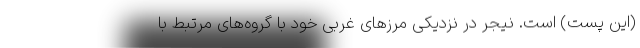
(این پست) است. نیجر در نزدیکی مرزهای غربی خود با گروه‌های مرتبط با